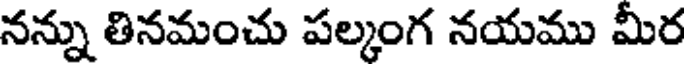
నన్ను తినమంచు పల్కంగ నయము మీర